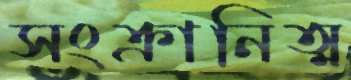
সংক্রানিত্ম